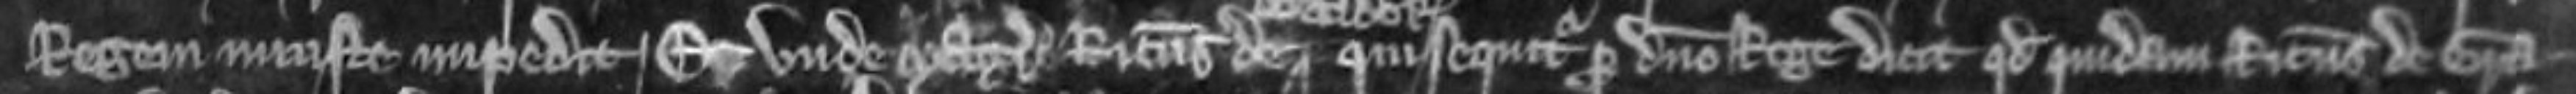
regem iniuste impedit. Et unde Magister Ricardus de qui sequitur pro domino rege dicit quod quidam Ricardus de Gra